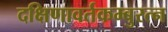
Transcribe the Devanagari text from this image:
दक्षिणावर्तकम्बुरत्न